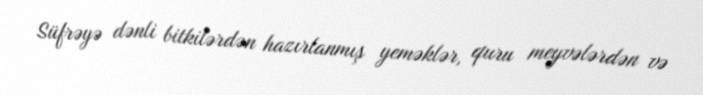
Süfrəyə dənli bitkilərdən hazırlanmış yeməklər, quru meyvələrdən və